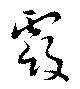
霞